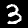
Label: 3